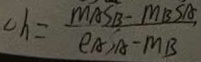
c h = \frac { m A S B - M B S A } { \rho A _ { 1 } A - M B }